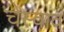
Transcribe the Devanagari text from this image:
चेस्वाव